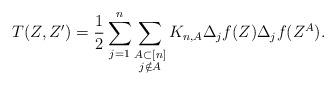
LaTeX: \begin{align*}T(Z,Z') = \frac{1}{2} \sum_{j=1}^n \sum_{\substack{A \subset [n]\\ j \notin A } } K_{n,A} \Delta_j f(Z) \Delta_j f(Z^{A}).\end{align*}